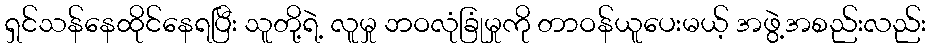
ရှင်သန်နေထိုင်နေရပြီး သူတို့ရဲ့ လူမှု ဘဝလုံခြုံမှုကို တာဝန်ယူပေးမယ့် အဖွဲ့အစည်းလည်း